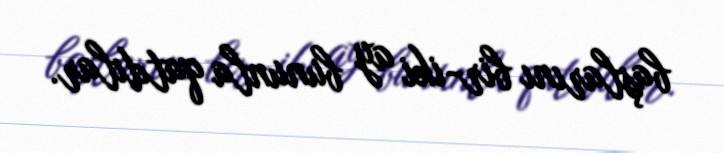
başlarını bir-iki ay bununla qatdılar.